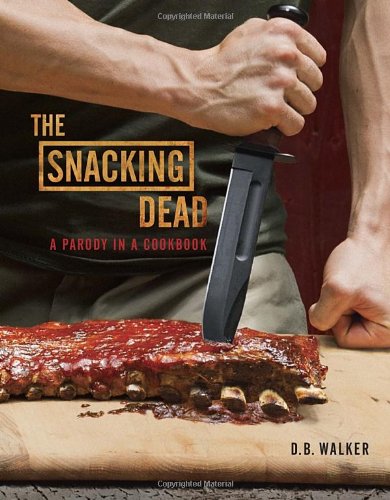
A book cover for The Snacking Dead: A Parody in a Cookbook; D. B. Walker; Humor & Entertainment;